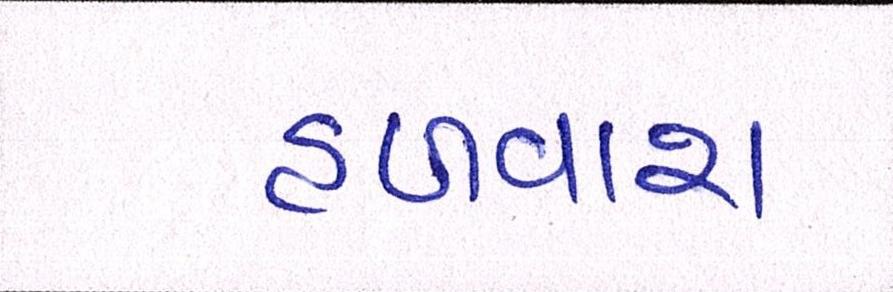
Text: હળવાશ